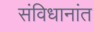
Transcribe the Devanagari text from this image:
संविधानांत